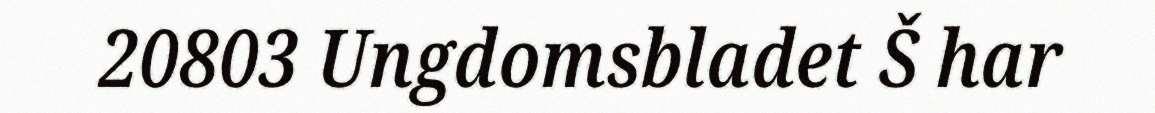
20803 Ungdomsbladet Š har